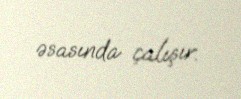
əsasında çalışır.